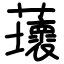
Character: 蘾